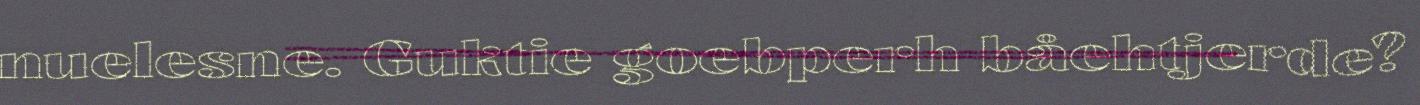
nuelesne. Guktie goebperh båehtjerde?